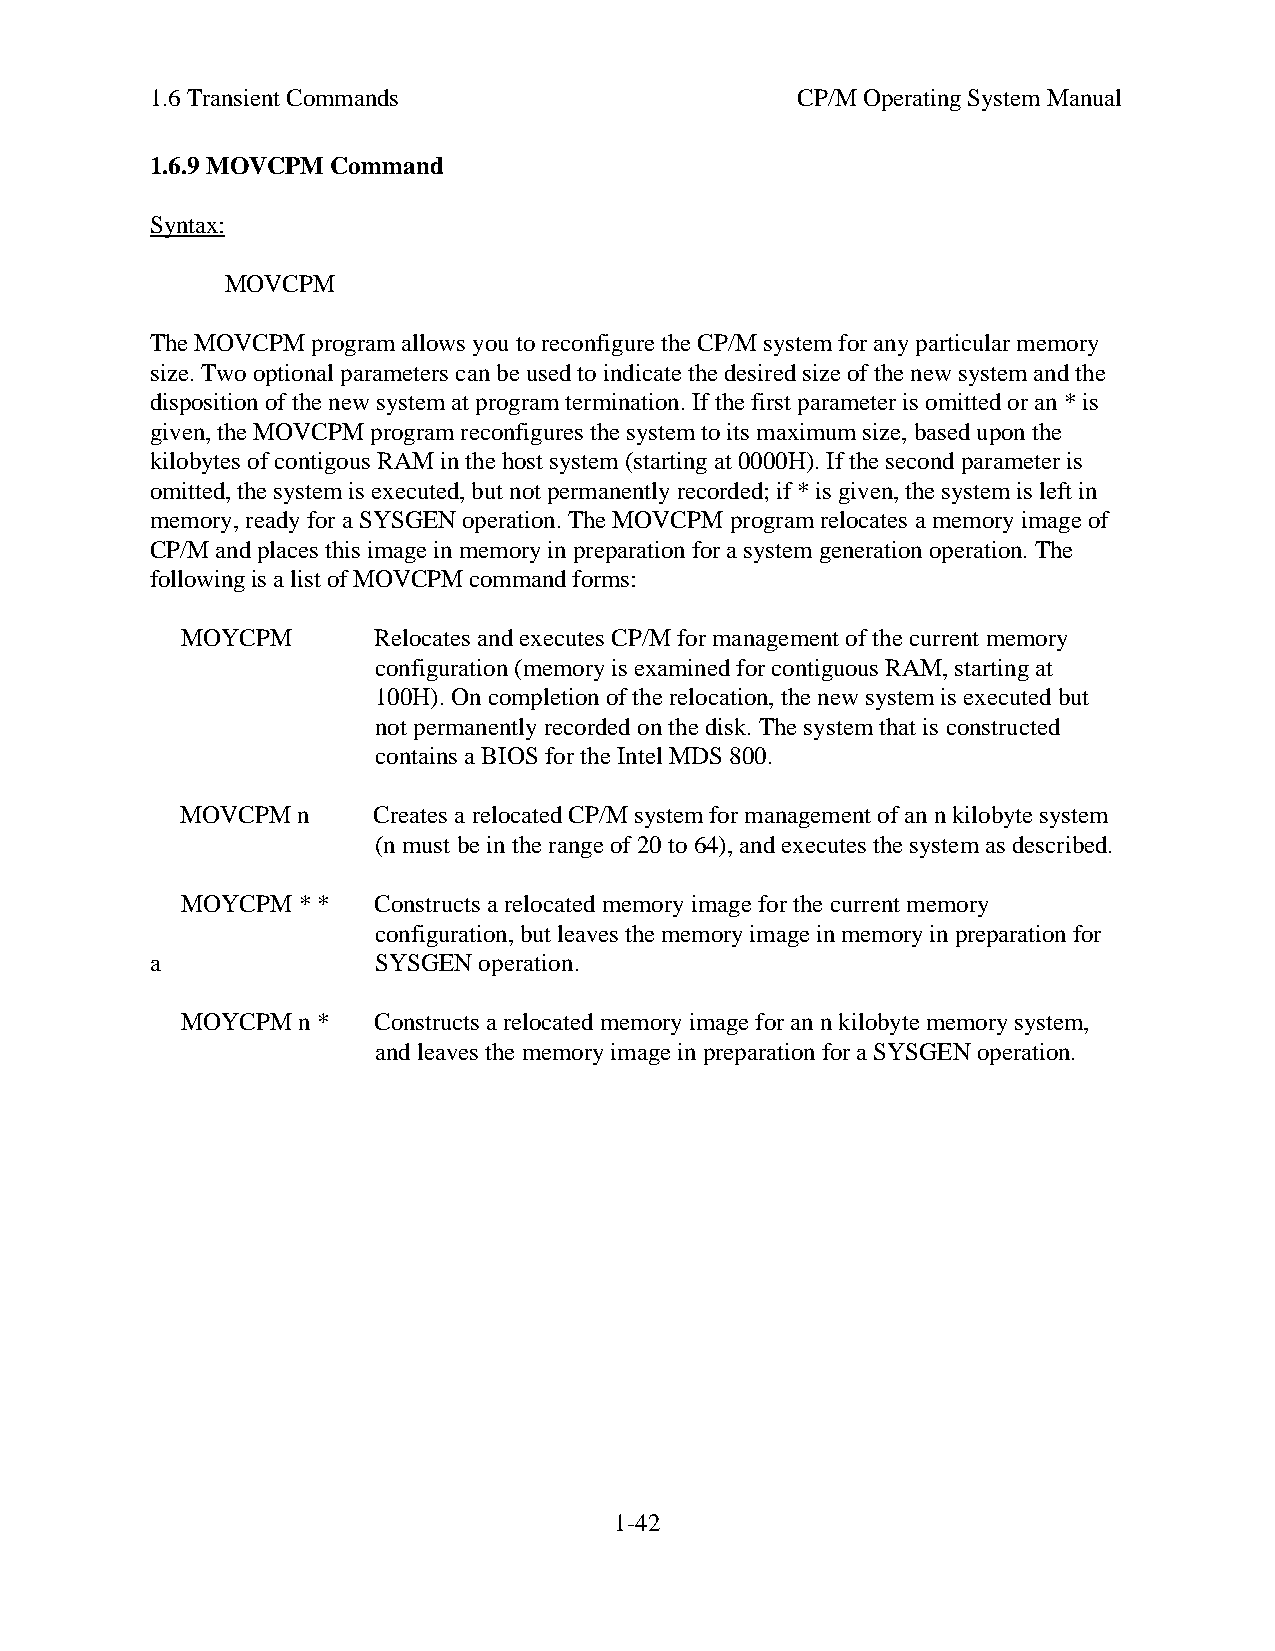
1.6 Transient Commands                     CP/M Operating System Manual
 1.6.9 MOVCPM Command
 Syntax:
 MOVCPM
 The MOVCPM program allows you to reconfigure the CP/M system for any particular memory
 size. Two optional parameters can be used to indicate the desired size of the new system and the
 disposition of the new system at program termination. If the first parameter is omitted or an * is
 given, the MOVCPM program reconfigures the system to its maximum size, based upon the
 kilobytes of contigous RAM in the host system (starting at 0000H). If the second parameter is
 omitted, the system is executed, but not permanently recorded; if * is given, the system is left in
 memory, ready for a SYSGEN operation. The MOVCPM program relocates a memory image of
 CP/M and places this image in memory in preparation for a system generation operation. The
 following is a list of MOVCPM command forms:
 MOYCPM       Relocates and executes CP/M for management of the current memory
 configuration (memory is examined for contiguous RAM, starting at
 100H). On completion of the relocation, the new system is executed but
 not permanently recorded on the disk. The system that is constructed
 contains a BIOS for the Intel MDS 800.
 MOVCPM  n    Creates a relocated CP/M system for management of an n kilobyte system
 (n must be in the range of 20 to 64), and executes the system as described.
 MOYCPM  * *  Constructs a relocated memory image for the current memory
 configuration, but leaves the memory image in memory in preparation for
 a              SYSGEN operation.
 MOYCPM  n *  Constructs a relocated memory image for an n kilobyte memory system,
 and leaves the memory image in preparation for a SYSGEN operation.
 1-42